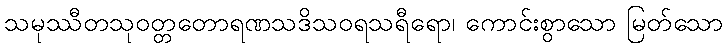
သမုဿီတသုဝတ္တတောရဏသဒိသဝရသရီရော၊ ကောင်းစွာသော မြတ်သော